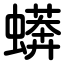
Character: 蠎